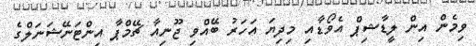
ވިމެން އިން ލީޑާޝިޕް އެވޯޑާއި މިދިޔަ އަހަރު ބޭއްވި ޖޫނިއާ ޗޭމްޕާ އިންޓަނޭޝަނަލްގެ